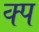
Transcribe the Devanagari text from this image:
क्प